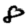
Digit: 8